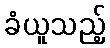
ခံယူသည့်